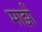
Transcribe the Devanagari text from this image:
माझीं